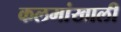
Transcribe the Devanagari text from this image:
कलमांखाली